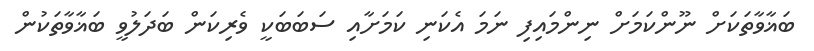
ބަޣާވާތަކަށް ނޫންކަމަށް ނިންމައިފި ނަމަ އެކަނި ކަމަށާއި ސަބަބަކީ ވެރިކަން ބަދަލުވީ ބަޣާވާތަކުން